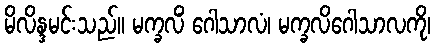
မိလိန္ဒမင်းသည်။ မက္ခလိံ ဂေါသာလံ၊ မက္ခလိဂေါသာလကို၊